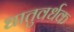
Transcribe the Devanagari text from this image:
धातुवर्धक